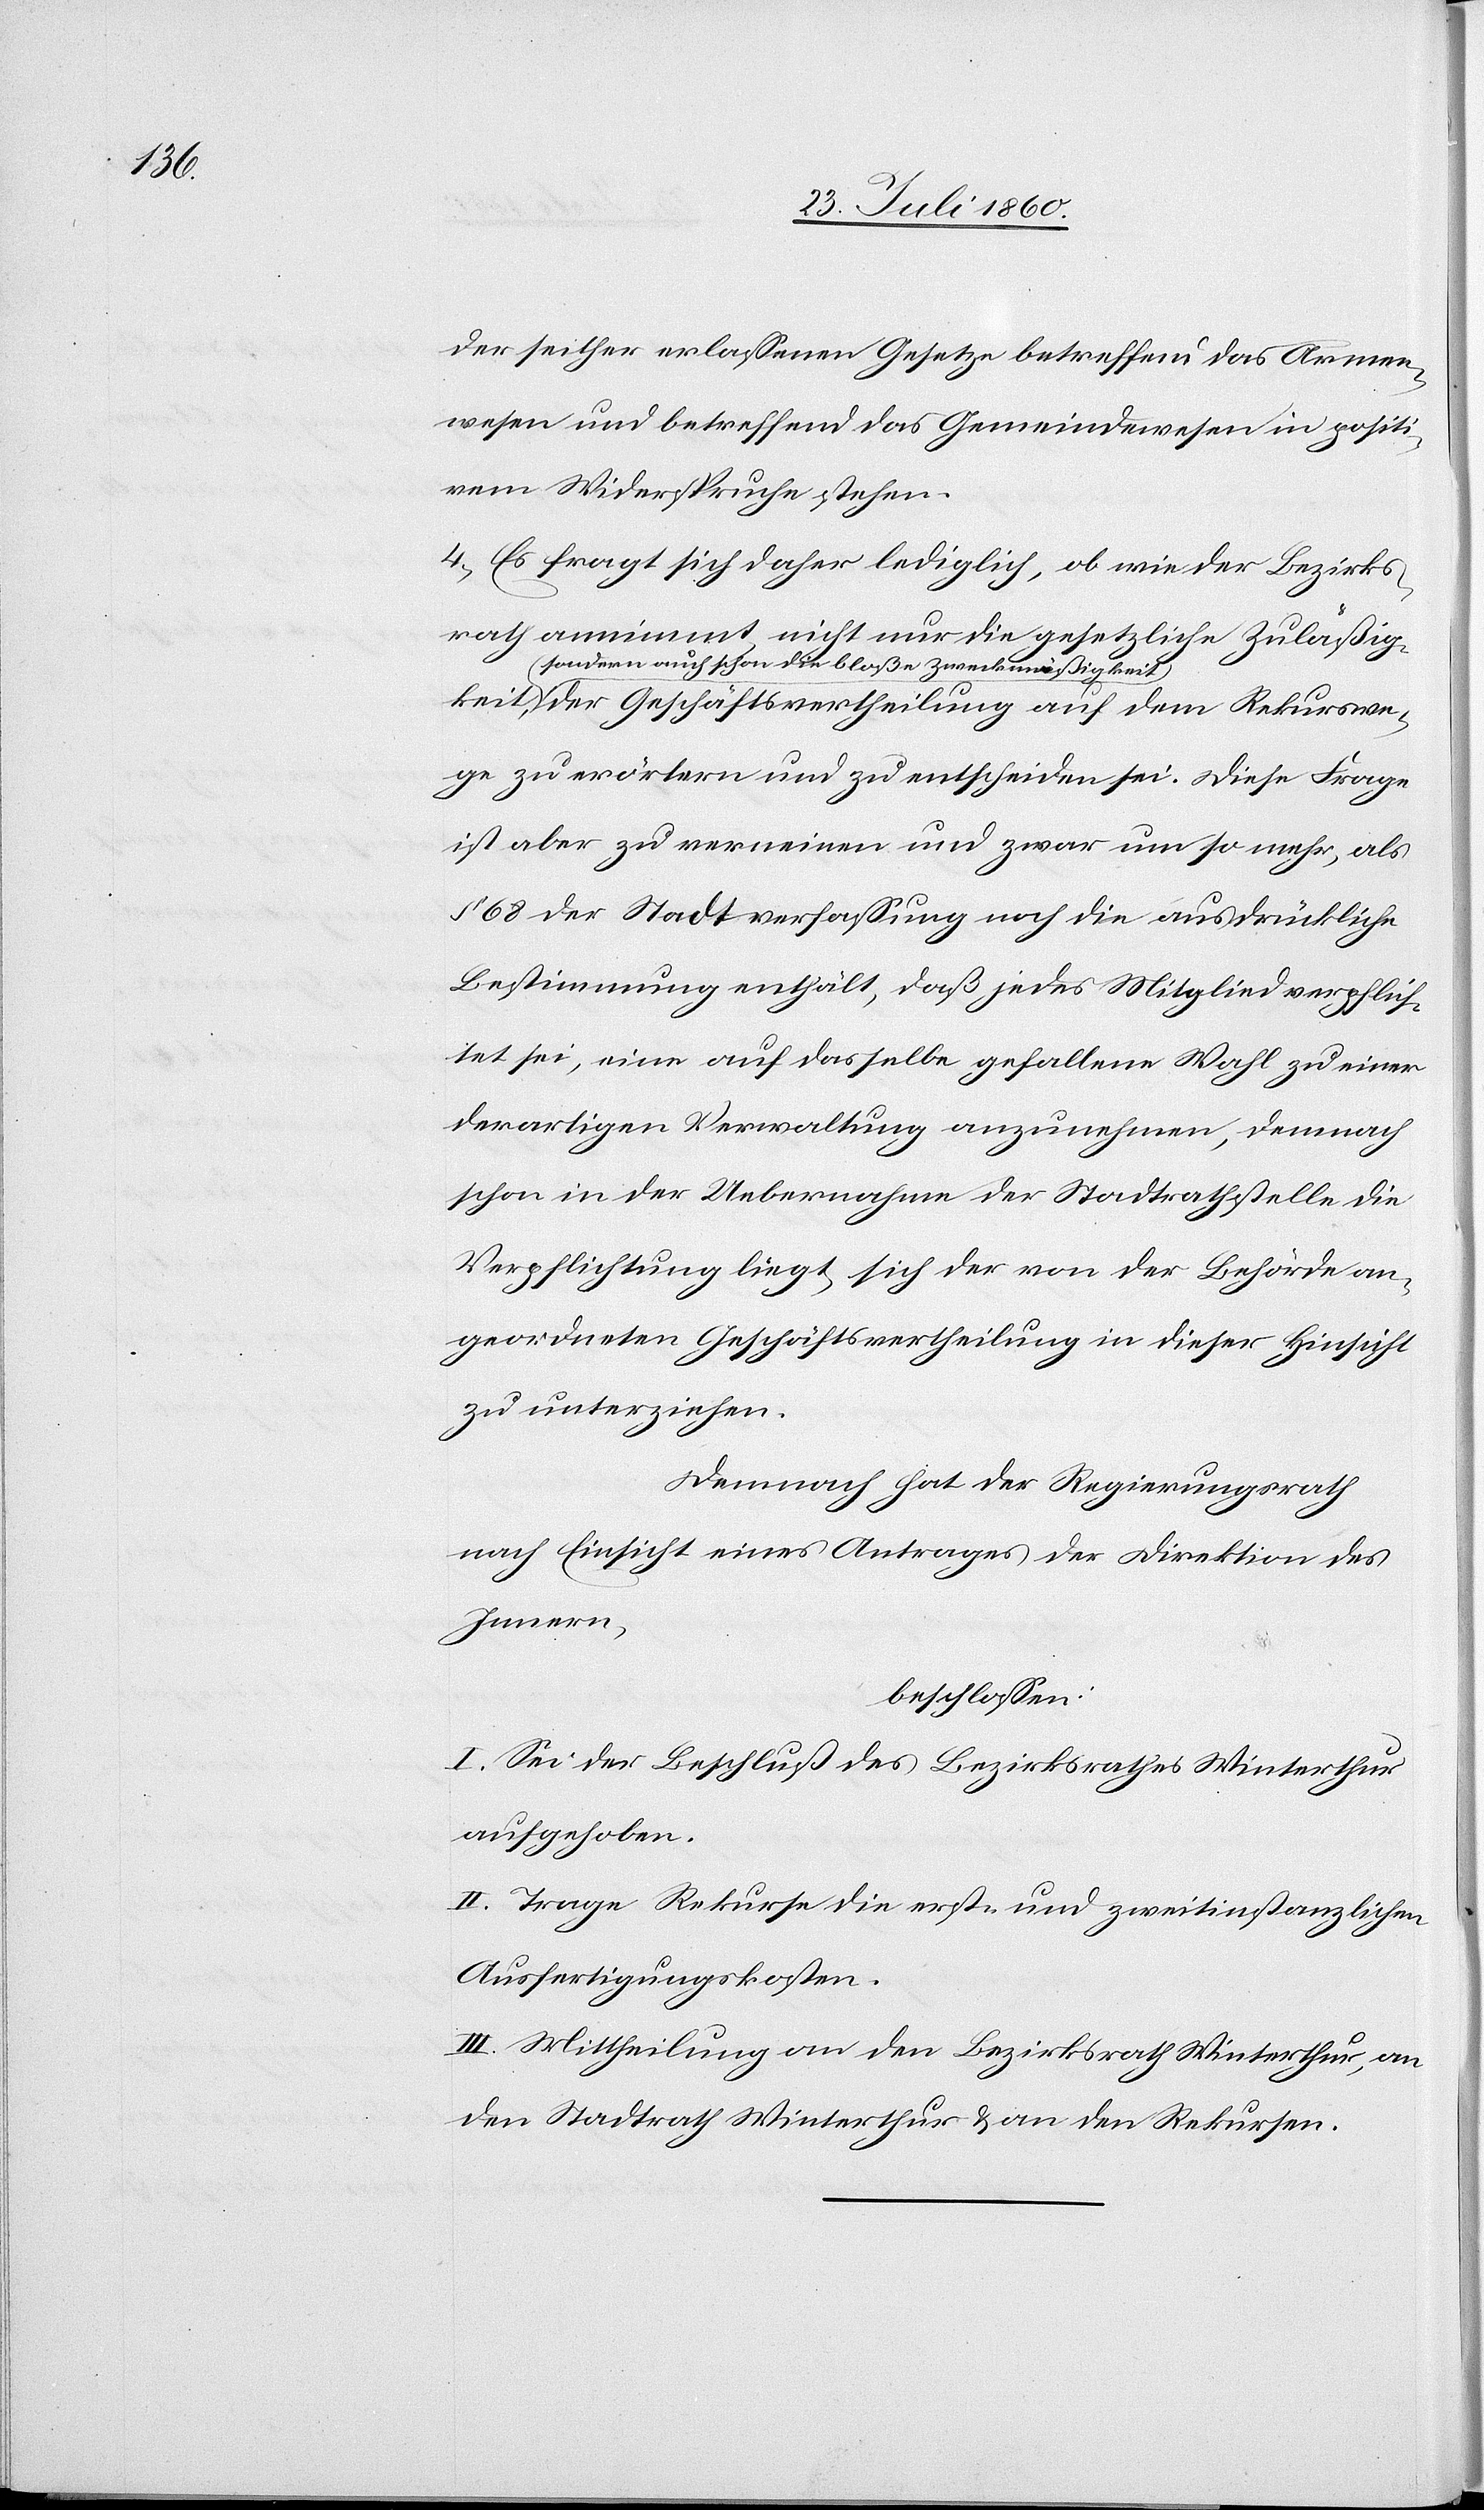
der seither erlassenen Gesetze betreffend das Armen¬
wesen und betreffend das Gemeindewesen in positi¬
vem Widerspruche stehen.
4. Es frägt sicht daher lediglich, ob – wie der Bezirks¬
rath annimmt, – nicht nur die gesetzliche Zulässigkeit,
sondern auch schon die blosse Zweckmässig¬
keit der Geschäftsvertheilung auf dem Rekurswe¬
ge zu erörtern und zu entscheiden sei. Diese Frage
ist aber zu verneinen und zwar um so mehr, als
§. 68 der Stadtverfassung noch die ausdrückliche
Bestimmung enthält, dass jedes Mitglied verpflich¬
tet sei, eine auf dasselbe gefallene Wahl zu einer
derartigen Verwaltung anzunehmen, demnach
schon in der Uebernahme der Stadtrathstelle die
Verpflichtung liegt sich der von der Behörde an¬
geordneten Geschäftsvertheilung in dieser Hinsicht
zu unterziehen.
Demnach hat der Regierungsrath,
nach Einsicht eines Antrages der Direktion des
Innern,
beschlossen:
I. Sei der Beschluss des Bezirksrathes Winterthur
aufgehoben.
II. Trage Rekurse die erst- und zweitinstanzlichen
Ausfertigungskosten.
III. Mittheilung an den Bezirksrath Winterthur, an
den Stadtrath Winterthur u. an den Rekursen.